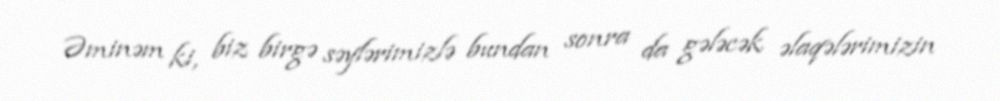
Əminəm ki, biz birgə səylərimizlə bundan sonra da gələcək əlaqələrimizin